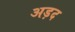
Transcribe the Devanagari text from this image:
अड़द